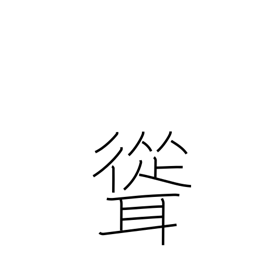
Meaning: tower